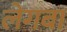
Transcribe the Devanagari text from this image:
लेगबा